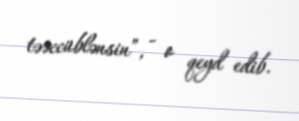
təəccüblənsin”, - o qeyd edib.